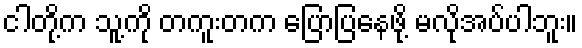
ငါတို့က သူ့ကို တကူးတက ပြောပြနေဖို့ မလိုအပ်ပါဘူး။